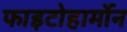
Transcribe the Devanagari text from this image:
फाइटोहार्मोन